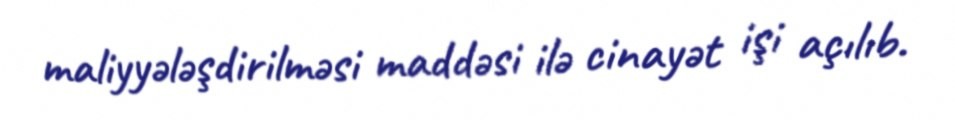
maliyyələşdirilməsi maddəsi ilə cinayət işi açılıb.